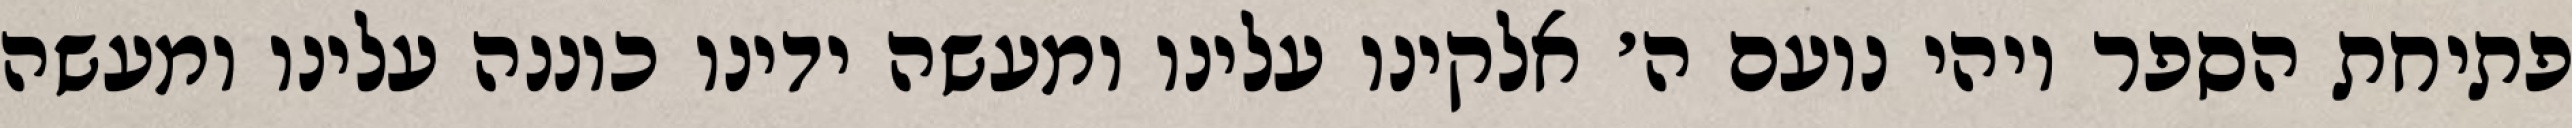
פתיחת הספר ויהי נועם ה׳ אלקינו עלינו ומעשה ידינו כוננה עלינו ומעשה